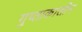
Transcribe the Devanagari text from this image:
गुप्ताकालीन